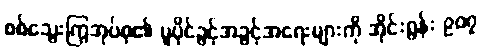
စစ်သွေးကြွအုပ်စု၏ မူပိုင်ခွင့်အခွင့်အရေးများကို အိုင်းရွန်း ၉၀၇